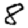
Digit: 8